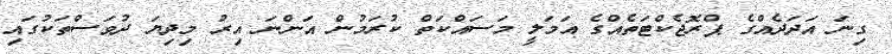
ގިނަ އަދަދެއްގެ ޕްރޮޖެކްޓަތެއްގެ އަމަލީ މަސައްކަތް ކުރަމުން އަންނަ އިރު މިދިޔަ ދުވަސްތަކުގައި